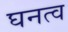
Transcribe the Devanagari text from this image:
घनत्‍व